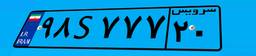
۹۸S۷۷۷۲۰